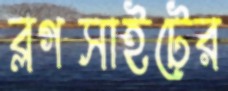
ব্লগসাইটের